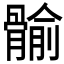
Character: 𲌐